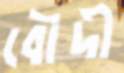
বৌদী